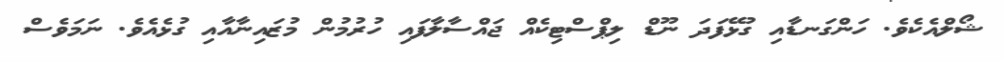
ޝޯލްއެކެވެ. ހަންގަނޑާއި ގުޅޭފަދަ ނޫޑް ލިޕްސްޓިކެއް ޖައްސާލާފައި ހުރުމުން މުޒައިނާއާއި ގުޅެއެވެ. ނަމަވެސް